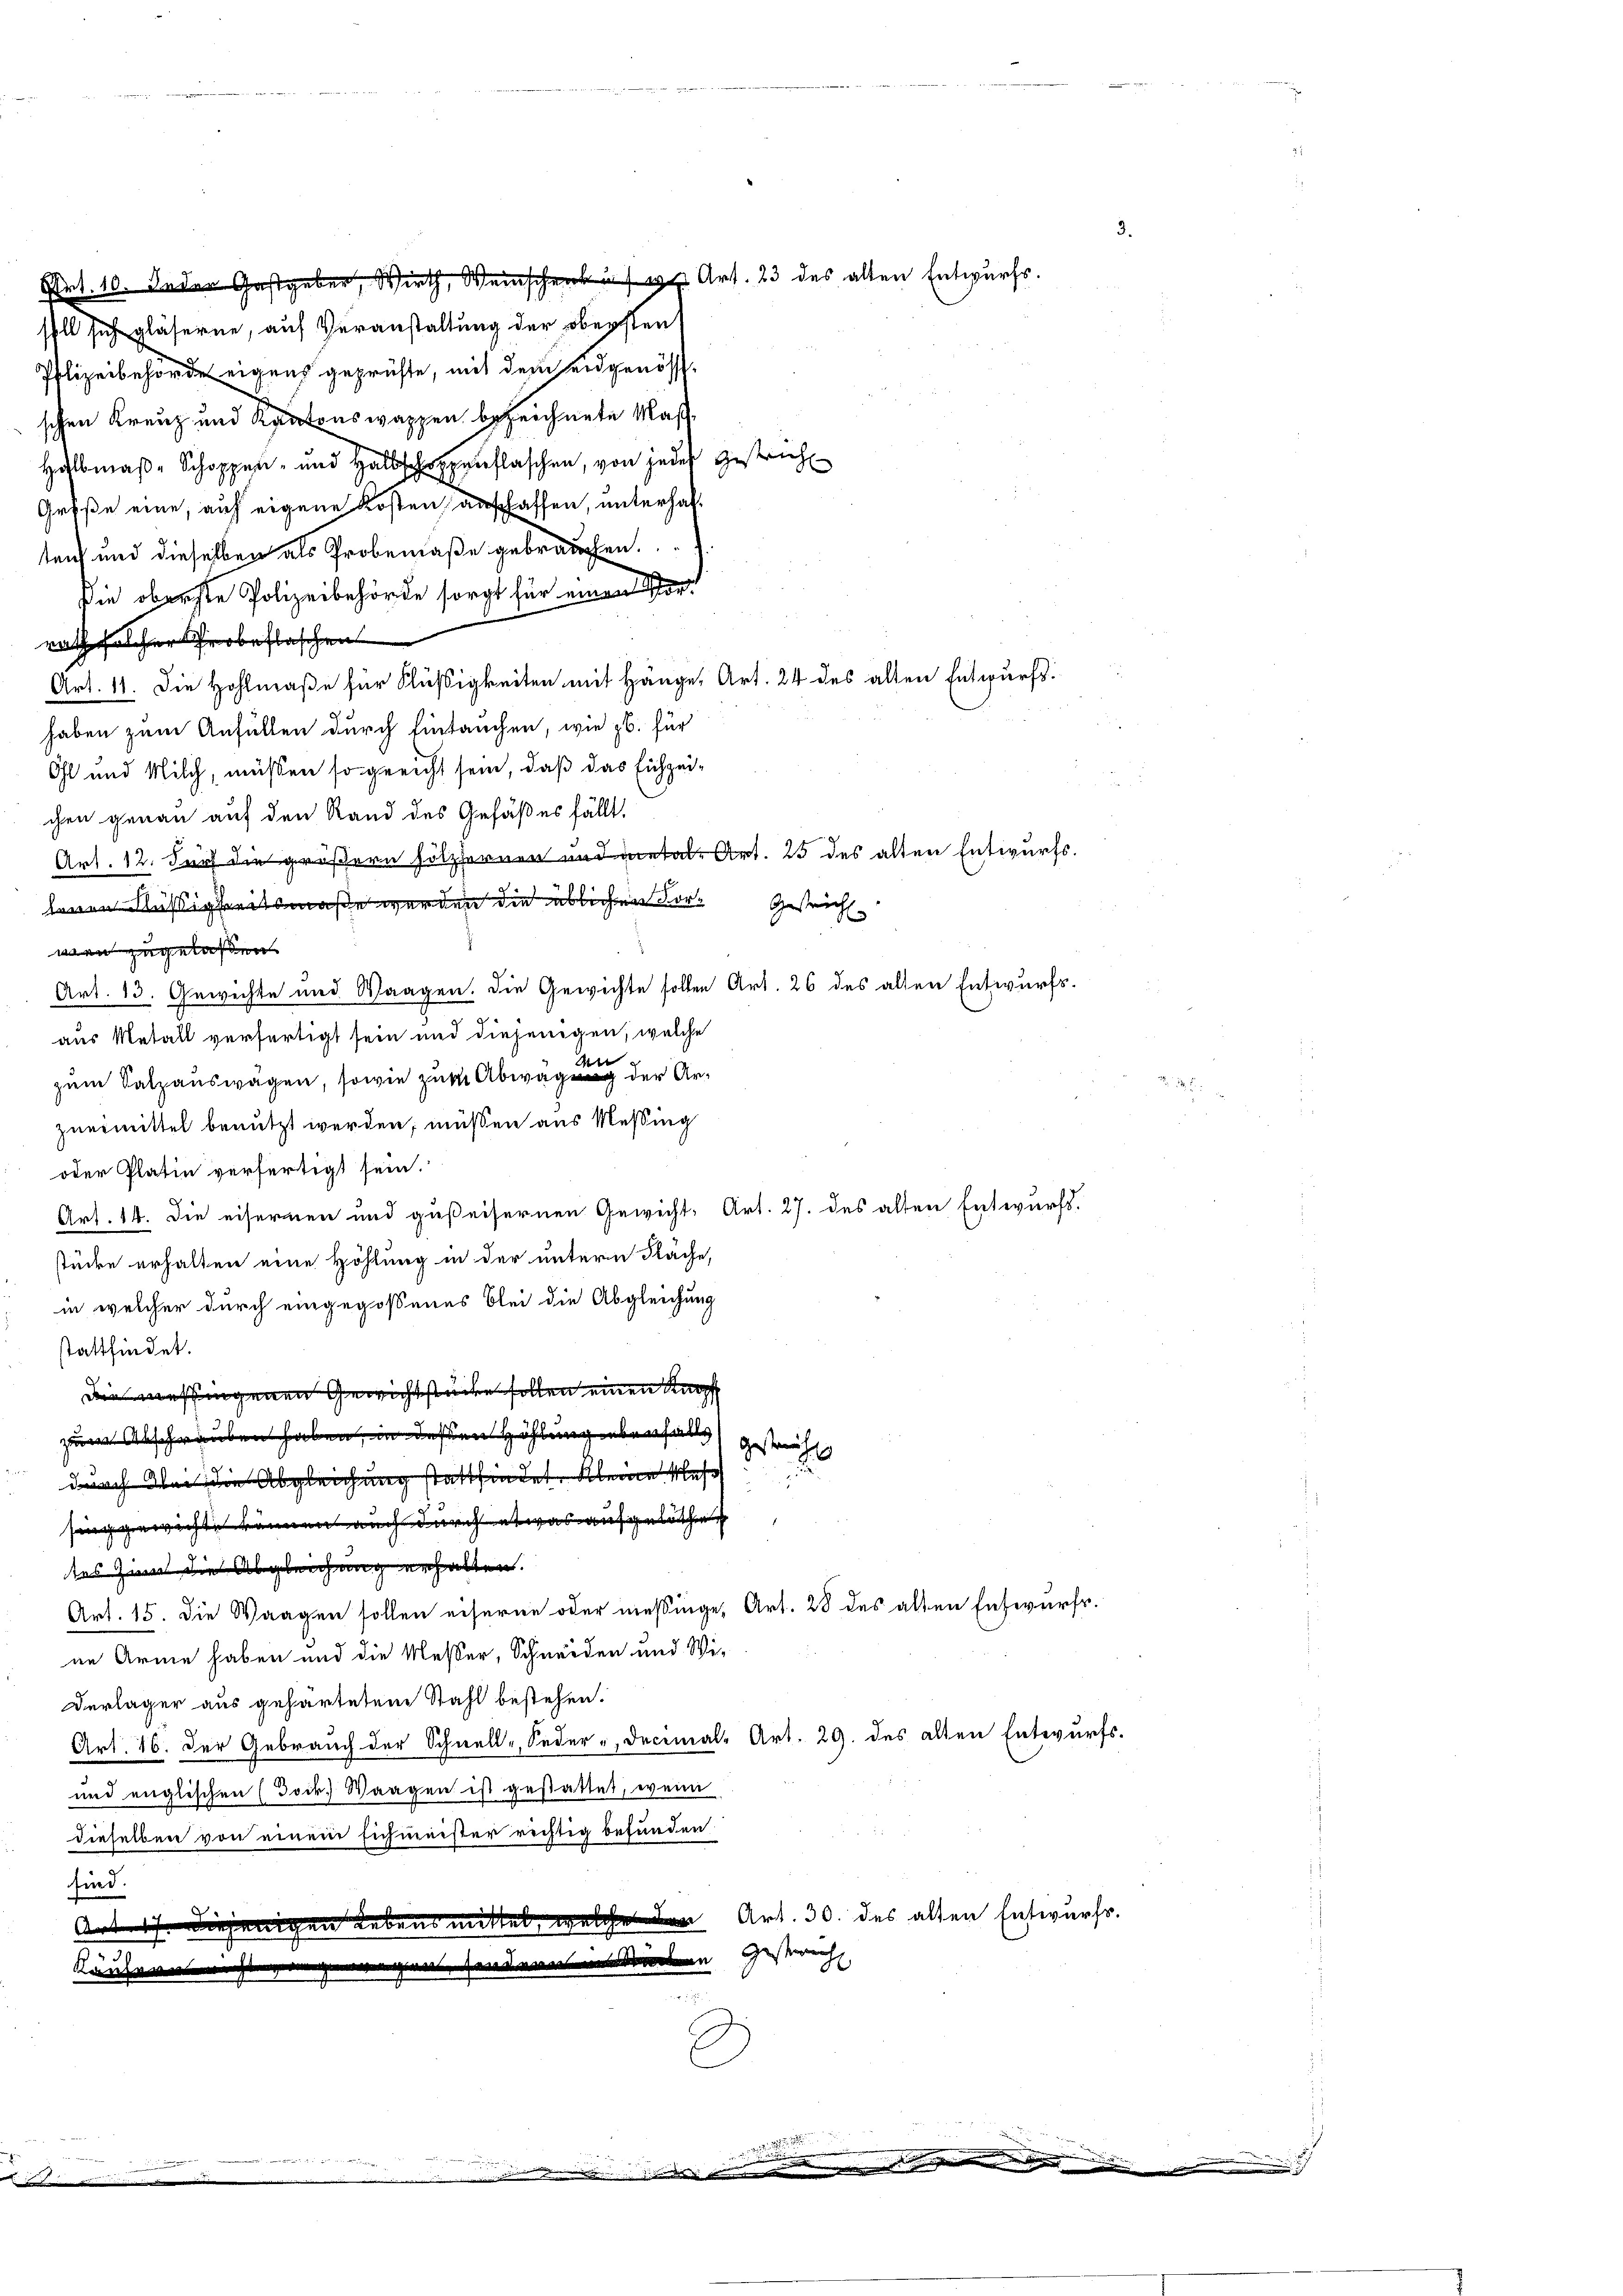
Prt. 10. Jeder Gastgeber, Wirth, Weinschenk in Art. 23 des alten Entwurfs.
soll sich gläserne, auf Veranstaltung der obersten
Polizeibehörde eigens geprüfte, mit dem eidgenössschen Kreuz und Kantonswappen bezeichnete Maß¬
Hobmaß Schoppen- und Halbschauflaschen, von jeder Gestrich
Grüße eine, auf eigene Kosten anschaffen, unterhaltan und dieselben als Probemaße gebrauchen.
die oberste Polizeibehörde sorgt für einen errath solcher Probeflaschen
Art. 11. Die Hohlmaße für Flüßigkeiten mit Hänge, Art. 24 des alten Entwurfs.
haben zum Anfüllen durch Eintauchen, wie zb. für
Ohl und Milch, müssen so gericht sein, daß das Eichzeichen genau auf den Rand des Gefäßes fällt.
Art. 12. Durch die größern Holzservor und metale Art. 25 des alten Entwurfs.
henen Flüßigkeitsmaße werden die üblichen Forwen zugelassen.
Art. 13. Gewichte und Waagen. Die Gewichte sollen Art. 26 des alten Entwurfs-
aus Metall verfertigt sein und diejenigen, welche
den
zum Salzauswägen, sowie zum Abwägung der Arzuermittel benutzt werden, müßen aus Messing
oder Platin verfertigt sein.
Art. 14. Die eisernen und gußeisernen Gewicht, Art. 27. des alten Entwurfs-
stücke erhalten eine Höhlung in der untern Fäche,
in welcher durch eingegossenes Blei die Abgleichung
stattfindet.
 essingenen Gewichtstaden sollen einen Knopf
zum Abschrauben haben, in deßen Höhlung ebenfalls
gestricht
durch bei die Abgleichung stattfindet. Kleine Mas
sing gewichte können auch durch etwas aufgelathen
tes Zinn die Abgleichung erhalten.
Art. 15. Die Waagen sollen eiserne oder messinge, Art. 28 des alten Entwurfs.
nn Arme haben und die Messer, Schneiden und Wi-
Derlager aus geharteten Stahl bestehen.
Art. 16. Der Gebrauch der Schnell-Seder - Decimal- Art. 29. des alten Entwurfs-
und englischen (Joik. Waagen ist gestattet, wenn
dieselben von einem sich meister rechtig befunden
sind.
.
Anderjenigen Lebens mittel Art. 30. des alten Entwurfs.

Ka

Gestreich

in Gestrech